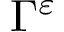
\Gamma ^ { \varepsilon }